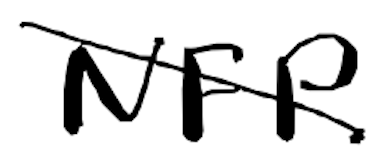
Text: NFP
Cross-out: diagonal
Writing tool: digital_black